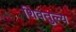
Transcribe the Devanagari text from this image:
शिवतुल्य